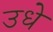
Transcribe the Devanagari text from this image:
उधे